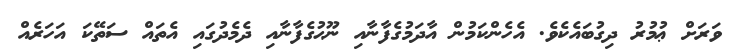
ވަރަށް ޢުމުރު ދިގުބައެކެވެ. އެހެންކަމުން އާދަމުގެފާނާއި ނޫޙުގެފާނާއި ދެމެދުގައި އެތައް ސަތޭކަ އަހަރެއް